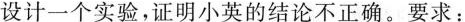
设计一个实验，证明小英的结论不正确。要求：